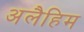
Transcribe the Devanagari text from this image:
अलैहिम